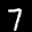
Label: 7